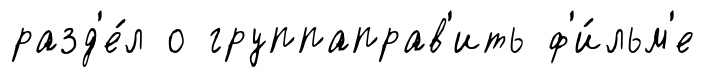
разд'е́л о группаправ'ить ф'и́льм'е